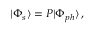
| \Phi _ { s } \rangle = P | \Phi _ { p h } \rangle \, ,